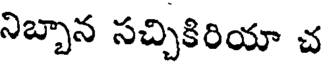
నిబ్బాన సచ్చికిరియా చ